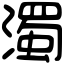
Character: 濁